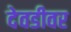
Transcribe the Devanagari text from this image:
देवडीवर